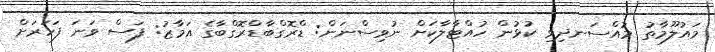
މައުލޫމާތު މުއްސަނދިވި ކުޅުން ހުއްޓާލާކަށް ނުވިސްނަން: ޑްރޮގްބާޑްރޮގްބާގެ އަމާޒު: ފަސް ވަނަ ފަހަރަށް